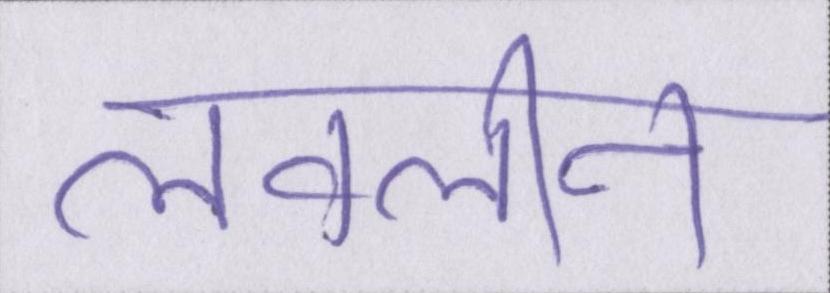
लवलीन